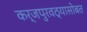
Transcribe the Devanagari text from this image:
कर्जपुरवठ्यासोबत